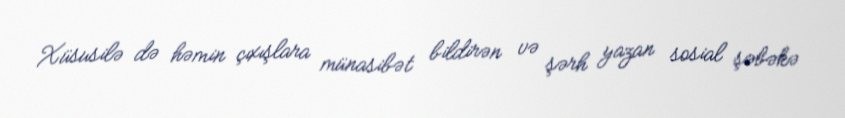
Xüsusilə də həmin çıxışlara münasibət bildirən və şərh yazan sosial şəbəkə